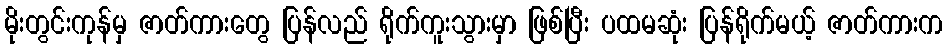
မိုးတွင်းကုန်မှ ဇာတ်ကားတွေ ပြန်လည် ရိုက်ကူးသွားမှာ ဖြစ်ပြီး ပထမဆုံး ပြန်ရိုက်မယ့် ဇာတ်ကားက